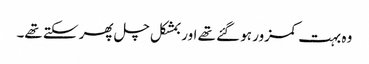
وہ بہت کمزور ہو گئے تھے اور بمشکل چل پھر سکتے تھے۔